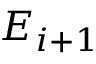
E _ { i + 1 }